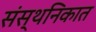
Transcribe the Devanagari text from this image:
संस्थनिकात